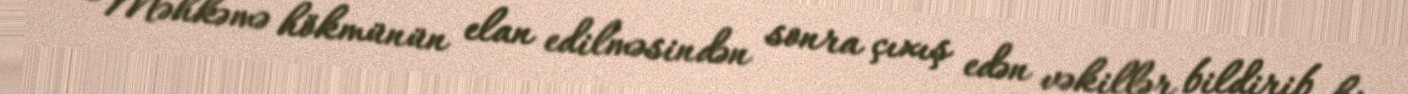
Məhkəmə hökmünün elan edilməsindən sonra çıxış edən vəkillər bildirib ki,